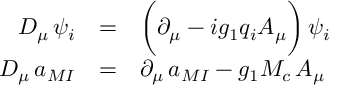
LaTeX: \begin{array} { r c l } { { D _ { \mu } \, \psi _ { i } } } & { { = } } & { { \biggl ( \partial _ { \mu } - i g _ { 1 } q _ { i } A _ { \mu } \biggr ) \, \psi _ { i } } } \\ { { D _ { \mu } \, a _ { M I } } } & { { = } } & { { \partial _ { \mu } \, a _ { M I } - g _ { 1 } M _ { c } \, A _ { \mu } } } \end{array}